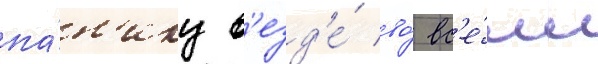
па́н'ику в'езд'е́ во́ вс'е́м